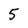
Character: 5